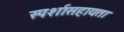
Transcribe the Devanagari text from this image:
स्पर्शासहायता